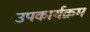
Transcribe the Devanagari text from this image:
उपकार्यक्रम